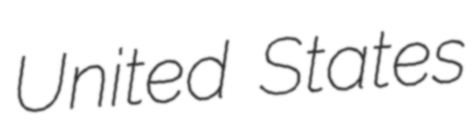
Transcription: United States